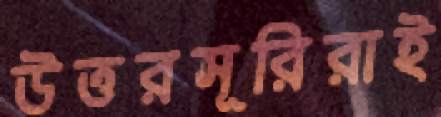
উত্তরসূরিরাই